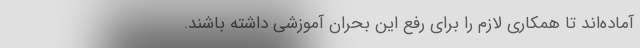
آماده‌اند تا همکاری لازم را برای رفع این بحران آموزشی داشته باشند.